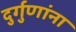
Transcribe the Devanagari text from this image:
दुर्गुणांना